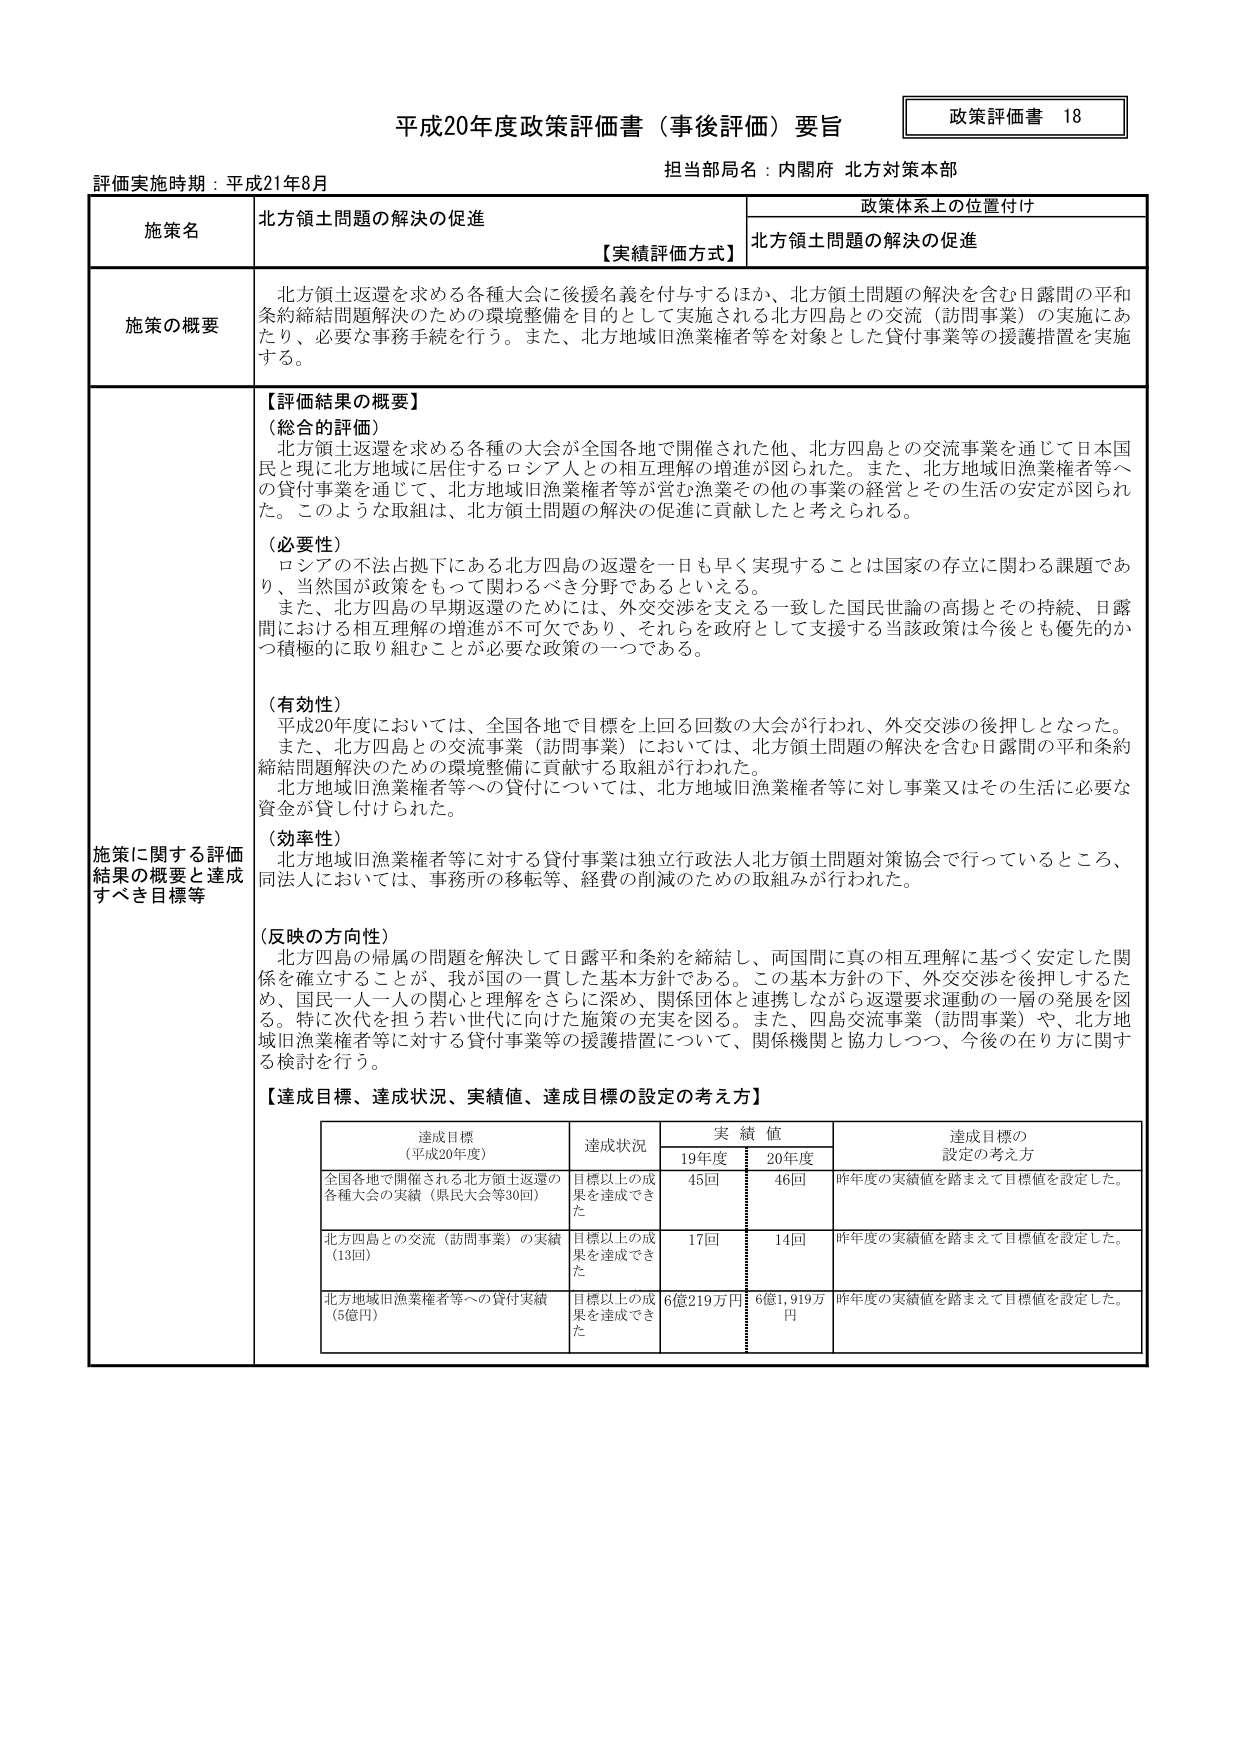
平成20年度政策評価書（事後評価）要旨

政策評価書 18

担当部局名：内閣府 北方対策本部

評価実施時期：平成21年8月

施策名 北方領土問題の解決の促進

政策体系上の位置付け
北方領土問題の解決の促進

【実績評価方式】

施策の概要
北方領土返還を求める各種大会に後援名義を付与するほか、北方領土問題の解決を含む日露間の平和条約締結問題解決のための環境整備を目的として実施される北方四島との交流（訪問事業）の実施にあたり、必要な事務手続を行う。また、北方地域旧漁業権者等を対象とした貸付事業等の援護措置を実施する。

施策に関する評価結果の概要と達成すべき目標等

【評価結果の概要】

（総合的評価）
北方領土返還を求める各種の大会が全国各地で開催された他、北方四島との交流事業を通じて日本国民と現に北方地域に居住するロシア人との相互理解の増進が図られた。また、北方地域旧漁業権者等への貸付事業を通じて、北方地域旧漁業権者等が営む漁業その他の事業の経営とその生活の安定が図られた。このような取組は、北方領土問題の解決の促進に貢献したと考えられる。

（必要性）
ロシアの不法占拠下にある北方四島の返還を一日も早く実現することは国家の存立に関わる課題であり、当然国が政策をもって関わるべき分野であるといえる。
また、北方四島の早期返還のために、外交交渉を支える一致した国民世論の高揚とその持続、日露間における相互理解の増進が不可欠であり、それらを政府として支援する当該政策は今後とも優先的かつ積極的に取り組むことが必要な政策の一つである。

（有効性）
平成20年度においては、全国各地で目標を上回る回数の大会が行われ、外交交渉の後押しとなった。
また、北方四島との交流事業（訪問事業）においては、北方領土問題の解決を含む日露間の平和条約締結問題解決のための環境整備に貢献する取組が行われた。
北方地域旧漁業権者等への貸付については、北方地域旧漁業権者等に対し事業又はその生活に必要な資金が貸し付けられた。

（効率性）
北方地域旧漁業権者等に対する貸付事業は独立行政法人北方領土問題対策協会で行っているところ、同法人においては、事務所の移転等、経費の削減のための取組みが行われた。

（反映の方向性）
北方四島の帰属の問題を解決して日露平和条約を締結し、両国間に真の相互理解に基づく安定した関係を確立することが、我が国の一貫した基本方針である。この基本方針の下、外交交渉を後押しするため、国民一人一人の関心と理解をさらに深め、関係団体と連携しながら返還要求運動の一層の発展を図る。特に次代を担う若い世代に向けた施策の充実を図る。また、四島交流事業（訪問事業）や、北方地域旧漁業権者等に対する貸付事業等の援護措置について、関係機関と協力しつつ、今後の在り方に関する検討を行う。

【達成目標、達成状況、実績値、達成目標の設定の考え方】

達成目標（平成20年度） 達成状況 実績値 達成目標の設定の考え方
19年度 20年度

全国各地で開催される北方領土返還の各種大会の実績（県民大会等30回） 目標以上の成果を達成できた 45回 46回 昨年度の実績値を踏まえて目標値を設定した。

北方四島との交流（訪問事業）の実績（13回） 目標以上の成果を達成できた 17回 14回 昨年度の実績値を踏まえて目標値を設定した。

北方地域旧漁業権者等への貸付実績（5億円） 目標以上の成果を達成できた 6億219万円 6億1,919万円 昨年度の実績値を踏まえて目標値を設定した。